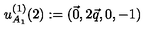
u _ { A _ { 1 } } ^ { ( 1 ) } ( 2 ) : = ( \vec { 0 } , 2 \vec { q } , 0 , - 1 )